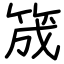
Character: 筬